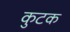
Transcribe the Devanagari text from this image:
कुटक